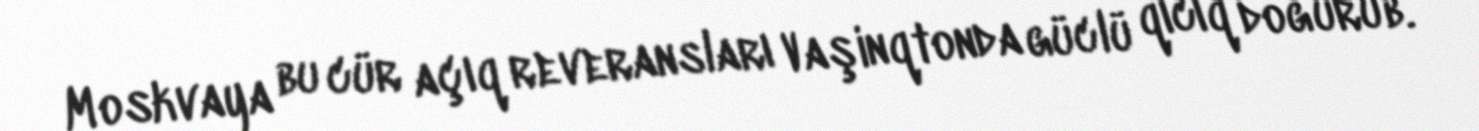
Moskvaya bu cür açıq reveransları Vaşinqtonda güclü qıcıq doğurub.